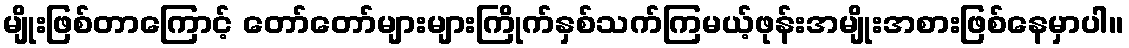
မျိုးဖြစ်တာကြောင့် တော်တော်များများကြိုက်နှစ်သက်ကြမယ့်ဖုန်းအမျိုးအစားဖြစ်နေမှာပါ။